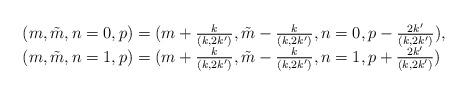
LaTeX: \begin{align*}\begin{array}{l}(m,\tilde{m},n=0,p)=(m+\frac{k}{(k,2k')},\tilde{m}-\frac{k}{(k,2k')},n=0,p-\frac{2k'}{(k,2k')}), \\(m,\tilde{m},n=1,p)=(m+\frac{k}{(k,2k')},\tilde{m}-\frac{k}{(k,2k')},n=1,p+\frac{2k'}{(k,2k')}) \end{array}\end{align*}